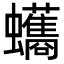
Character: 𮕘